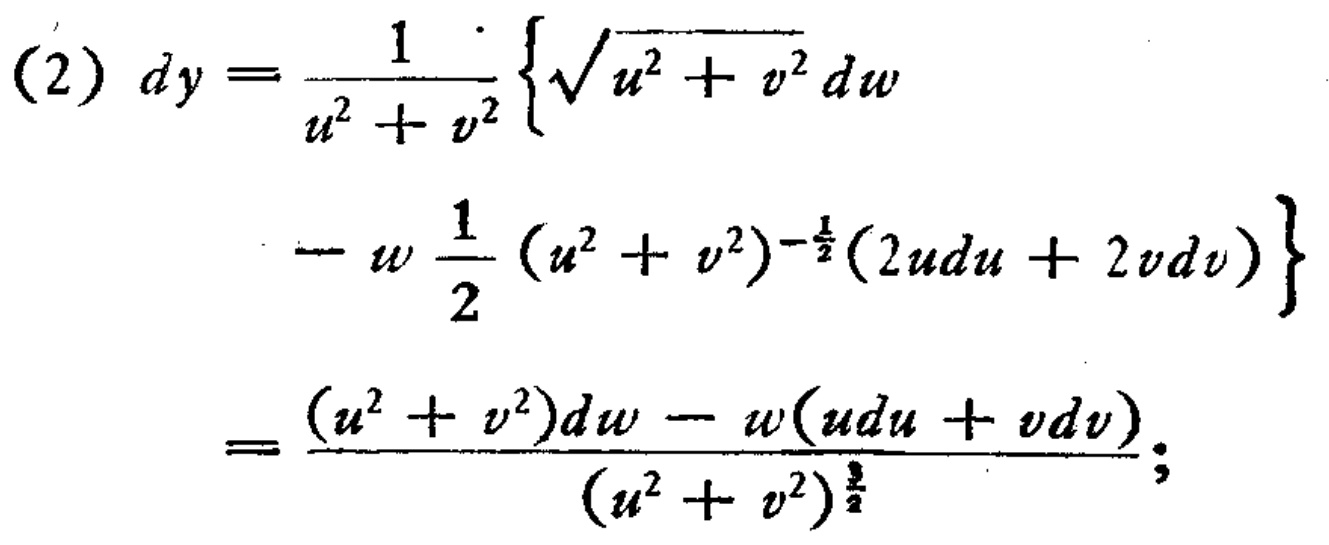
\begin{align*}
(2)\ dy&=\frac{1}{u^{2}+v^{2}}\left\{\sqrt{u^{2}+v^{2}}dw\right.\\
&\left.-w\frac{1}{2}(u^{2}+v^{2})^{-\frac{1}{2}}(2udu + 2vdv)\right\}\\
&=\frac{(u^{2}+v^{2})dw - w(udu + vdv)}{(u^{2}+v^{2})^{\frac{3}{2}}};
\end{align*}